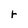
Character: r